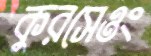
কুরসেওং